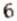
6